Indian journal of veterinary science and animal husbandry - Volume 8,
Year: 1938
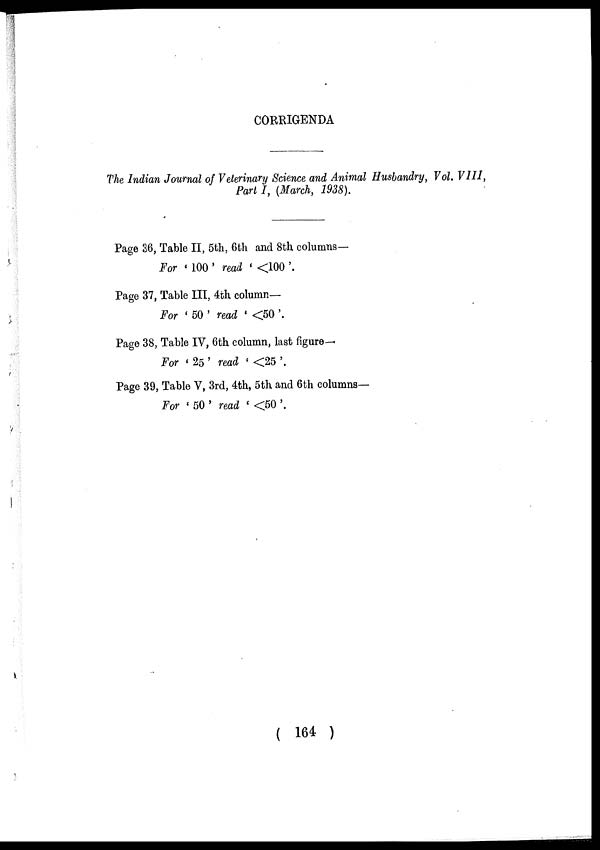
CORRIGENDA
The Indian Journal of Veterinary Science and Animal Husbandry, Vol. VIII,
Part I, (March, 1938).
Page 36, Table II, 5th, 6th and 8th columns—
For ' 100 ' read ' <100 '.
Page 37, Table III, 4th column—
For ' 50 ' read ' <50 '.
Page 38, Table IV, 6th column, last figure—
For ' 25 ' read ' <25 '.
Page 39, Table V, 3rd, 4th, 5th and 6th columns—
For ' 50 ' read ' <50 '.
( 164 )